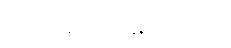
ဘာကိုမှ ရမှာမဟုတ်ဘူး